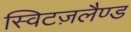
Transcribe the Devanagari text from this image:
स्विटज़लैण्ड